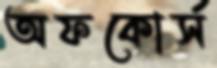
অফকোর্স